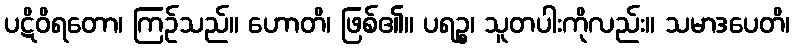
ပဋိဝိရတော၊ ကြဉ်သည်။ ဟောတိ၊ ဖြစ်၏။ ပရဉ္စ၊ သူတပါးကိုလည်း။ သမာဒပေတိ၊